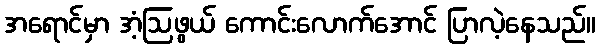
အရောင်မှာ အံ့ဩဖွယ် ကောင်းလောက်အောင် ပြာလဲ့နေသည်။